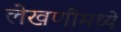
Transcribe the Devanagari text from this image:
लेखणीमध्ये